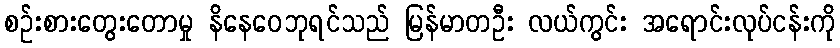
စဉ်းစားတွေးတောမှု နိနေဝေဘုရင်သည် မြန်မာတဦး လယ်ကွင်း အရောင်းလုပ်ငန်းကို